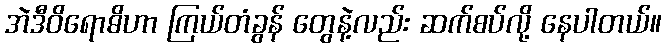
အဲဒီဝိရောဓိဟာ ကြယ်တံခွန် တွေနဲ့လည်း ဆက်စပ်လို့ နေပါတယ်။